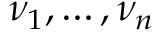
\nu _ { 1 } , \ldots , \nu _ { n }